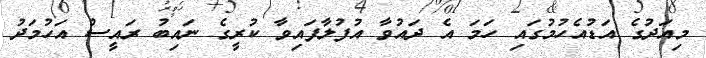
މިއަދުގެ އަޑުއެހުމުގައި ހަމަ އެ ދައުވާ އުފުލާފައިވާ ކުރީގެ ނައިބު ރައީސް އަހުމަދު